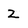
Character: 2